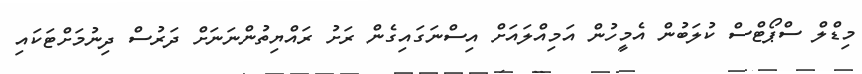
މިޑްލް ސްޕޯޓްސް ކުލަބުން އެމީހުން އަމިއްލައަށް އިސްނަގައިގެން ރަށު ރައްޔިތުންނަނަށް ދަރުސް ދިނުމަށްޓަކައި